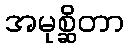
အမုစ္ဆိတာ